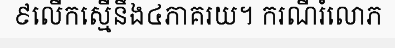
៩លើកស្មើនឹង៤ភាគរយ។ ករណីរំលោភ